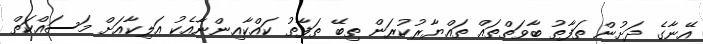
އޭނާގެ ދަށުން ތަފާތު ބާވަތްތައް ތައްޔާރުކުރަން ތިބޭ ތަފާތު ކައްކާއިންނާއެކު އަލިކާއަށް މަސައްކަތް